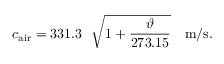
c _ { \mathrm { a i r } } = 3 3 1 . 3 ~ ~ { \sqrt { 1 + { \frac { \vartheta } { 2 7 3 . 1 5 } } } } ~ ~ ~ \mathrm { m / s } .